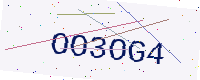
Text: OO3OG4